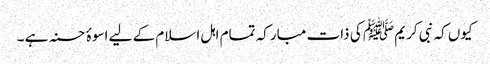
کیوں کہ نبی کریم ﷺ کی ذات مبارکہ تمام اہل اسلام کے لیے اسوۂ حسنہ ہے ۔